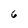
Character: 6